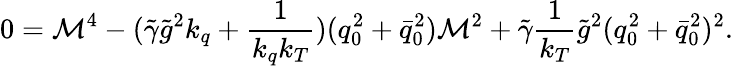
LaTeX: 0={\cal M}^{4}-(\tilde{\gamma}\tilde{g}^{2}k_{q}+\frac 1{k_{q}k_{T}})(q_{0}^{2}+\bar{q}_{0}^{2}){\cal M}^{2}+\tilde{\gamma}\frac 1{k_{T}}\tilde{g}^{2}(q_{0}^{2}+\bar{q}_{0}^{2})^{2}.